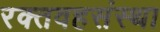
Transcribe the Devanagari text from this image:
रक्तवहसंस्था